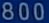
800